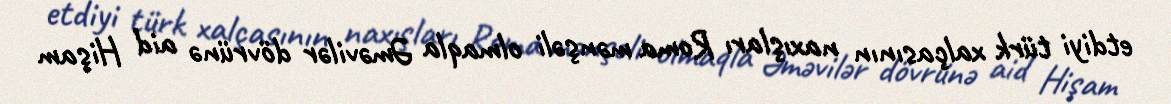
etdiyi türk xalçasının naxışları Roma mənşəli olmaqla Əməvilər dövrünə aid Hişam